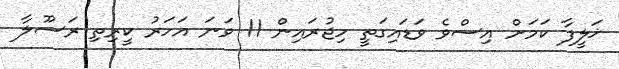
ޚަލީފާ ކަމަށް އިސްވެ ވަޑައިގަތީ ހިޖުރައިން 11 ވަނަ އަހަރު ކީރިތި ރަސޫލާ